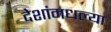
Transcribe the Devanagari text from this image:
देशांमधल्या